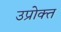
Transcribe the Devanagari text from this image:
उप्रोक्त